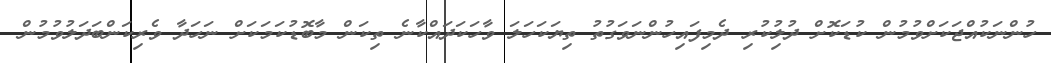
ހުންނަކުއްޖަކަށްވުމުން ކުޑަކޮށް ދުލުިކުރި ދެމިފައިހުންނަވަގުތު ތިޔަކަހަލަ ވާހަކަދައްކާނެ ތިކަން މާބޮޑުކަމަކަށް ނަހަދާ ވެރިކަންބަދަލުވުމުން